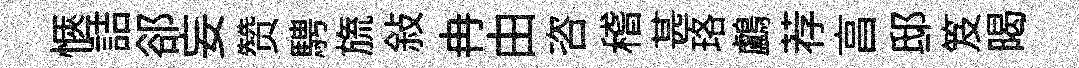
愜詰郤妄赞騁旒敍冉由咨稽甚珞鸕荐亯邸笈暍